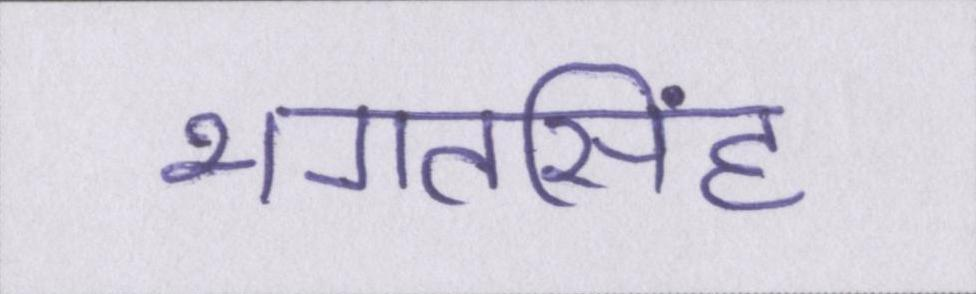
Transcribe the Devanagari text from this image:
भगतसिंह